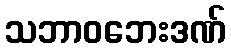
သဘာဝဘေးဒဏ်